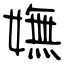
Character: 嫵